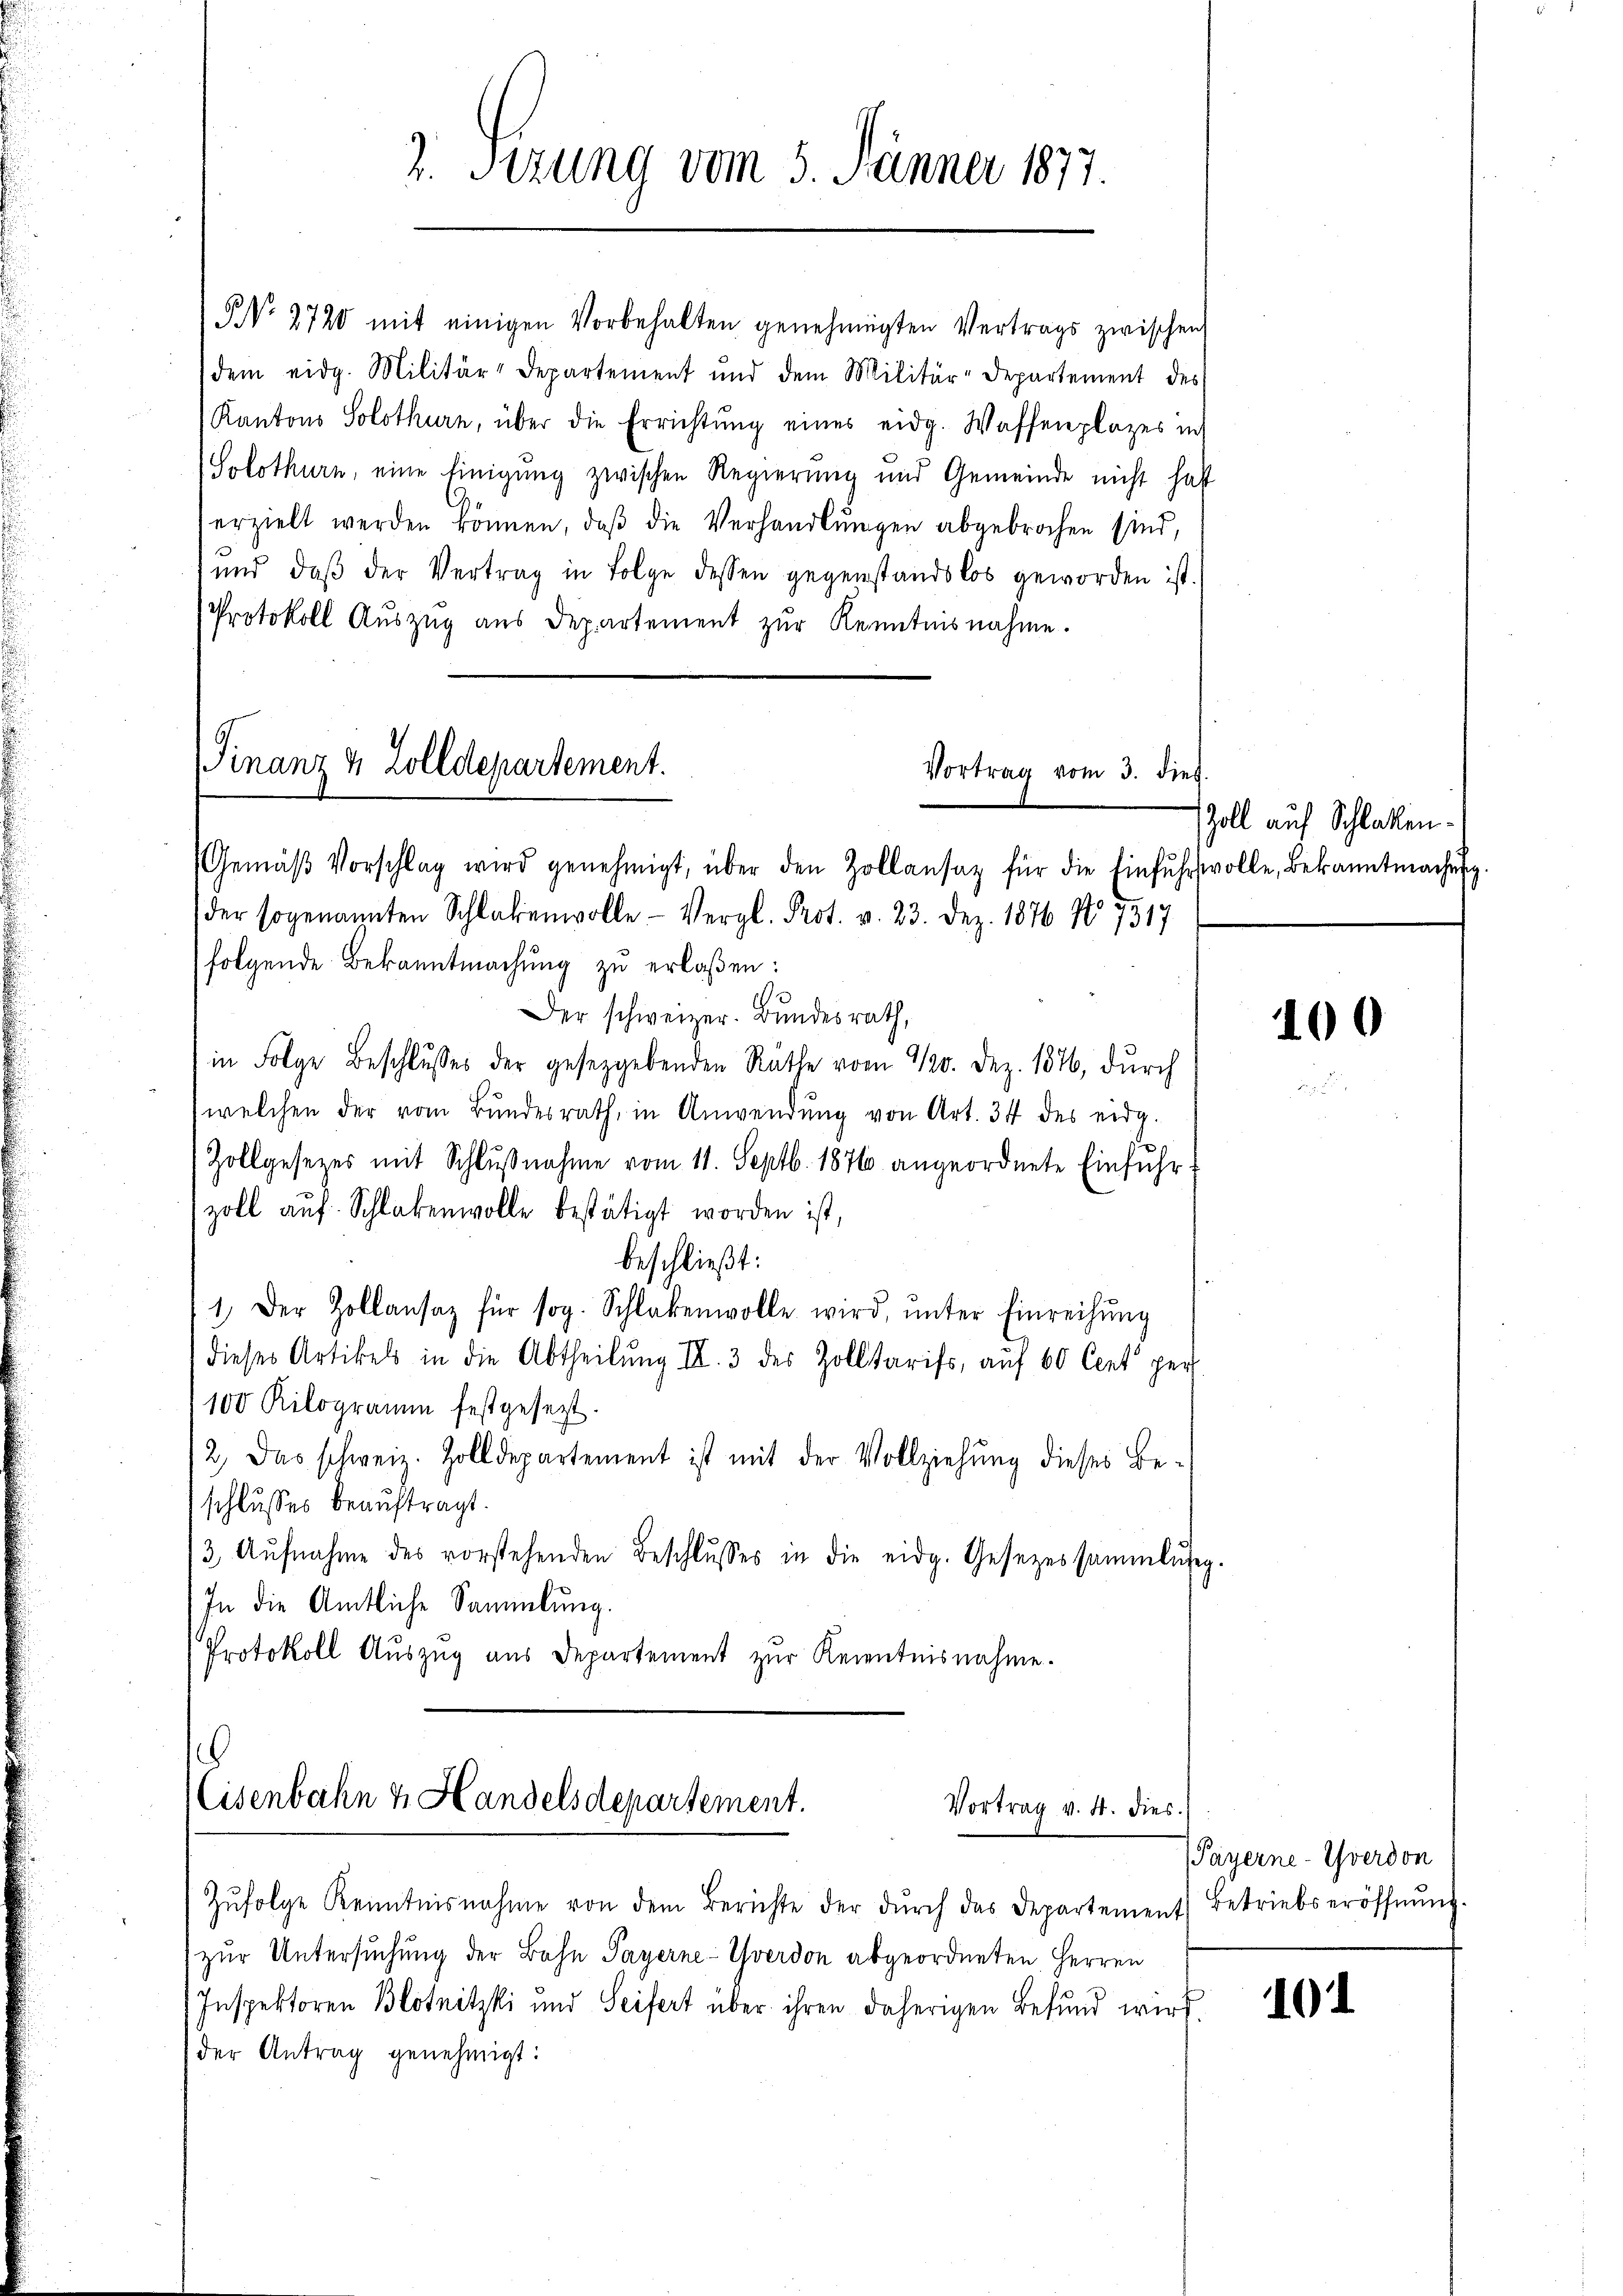
2. Sizung vom 5. Jänner 1877.

NNo. 2720 mit einigen Vorbehalten genehmigten Vertrags zwischen
dem eidg. Militär-Departement und dem Militär-Departement des
Kantons Solothurn, über die Errichtung eines eidg. Waffenplazes in
(Solothurn, eine Einigung zwischen Regierung und Gemeinde nicht hatt
erzielt werden können, daβ die Verhandlŭngen abgebrochen sind,
ŭnd daβ der Vertrag in Folge dessen gegenstandslos geworden ist.
Protokoll Aŭszŭg aŭs Departement zŭr Kenntnisnahme.
Finanz & Zolldepartement.
Vortrag vom 3. dies

Gemäβ Vorschlag wird genehmigt, über den Zollansaz für die Einfuhrstvolle, Bekanntmachŭng.

d
(der sogenannten Schlakenwolle Vergl. Prot. v. 23. Dez. 1876 No 7317
folgende Bekanntmachung zu erlaßen:
Der schweizer. Bundesrath,
in Folge Beschlusses der gesetzgebenden Räthe vom 10. Dez. 1876, durch
welchen der vom Bŭndesrath, in Anwendŭng von Art. 34 des eidg.
Zollgesetzes mit Schlŭβnahme vom 11. Septb. 1876 angeordnete Einfuhr-
zoll auf Schlakenwolle bestätigt worden ist,
beschließt:
1. Der Zollansaz für sog. Schlakenwolle wird ŭnter Einreihung
dieses Artikels in die Abtheilung III. 3 des Zolltarifs, auf 60 Cent per
100 Kilogramm festgesezt.
/2, das schweiz. Zolldepartement ist mit der Vollziehung dieses Be-
schlusses beauftragt.
13. Aŭfnahme des vorstehenden Beschlŭsses in die eidg. Gesetzessammlung.
In die Amtliche Sammlung.
Protokoll Auszug aus Departement zur Kenntnisnahme.

16
Eisenbahn z. Handelsdepartement.
Vortrag v. 4. dies

Zŭfolge Kenntnisnahme von dem Berichte der dŭrch das Departement Betriebseröffnŭng.
zur Untersuchung der Bahn Payerne-Yverdon abgeordneten Herren
Inspektoren Blotnitzki und Seifert über ihren daherigen Befund wird.
der Antrag genehmigt:

Zoll auf Schlatten.

100

Payerne-Yverdon

101